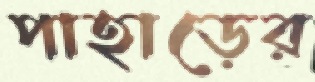
পাহাড়ের